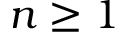
n \geq 1